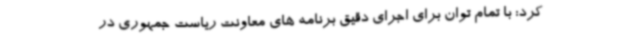
کرد: با تمام توان برای اجرای دقیق برنامه های معاونت ریاست جمهوری در